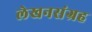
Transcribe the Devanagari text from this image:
लेखनसंग्रह